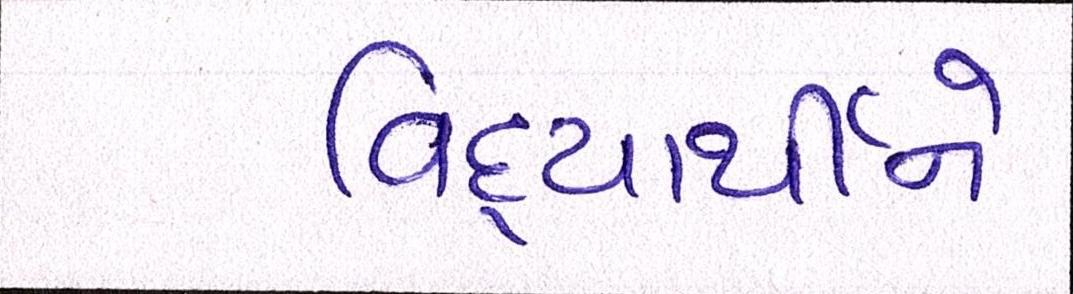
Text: વિદ્યાર્થીને